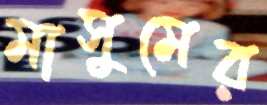
মাসুমের